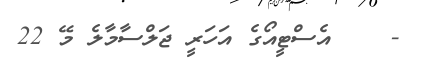
-    އެސްޓީއޯގެ އަހަރީ ޖަލްސާމާލެ މޭ 22